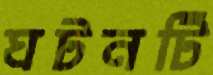
ঘটনটি